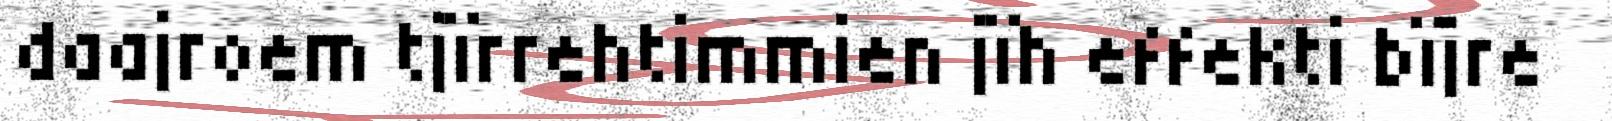
daajroem tjïrrehtimmien jïh effekti bïjre